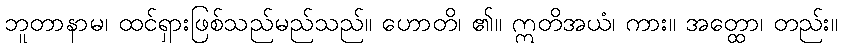
ဘူတာနာမ၊ ထင်ရှားဖြစ်သည်မည်သည်။ ဟောတိ၊ ၏။ ဣတိအယံ၊ ကား။ အတ္ထော၊ တည်း။